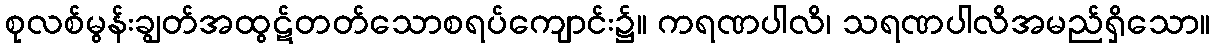
စုလစ်မွန်းချွတ်အထွဋ်တတ်သောစရပ်ကျောင်း၌။ ကရဏပါလိ၊ သရဏပါလိအမည်ရှိသော။